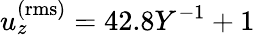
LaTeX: u_{z}^{\mathrm{(rms)}}=42.8Y^{-1}+1